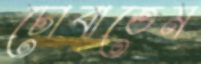
চোবাতেম